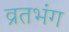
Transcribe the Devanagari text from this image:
व्रतभंग